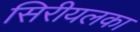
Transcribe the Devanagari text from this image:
सिरीयलका